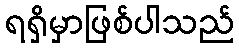
ရရှိမှာဖြစ်ပါသည်